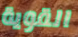
القوية